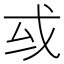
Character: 㦯